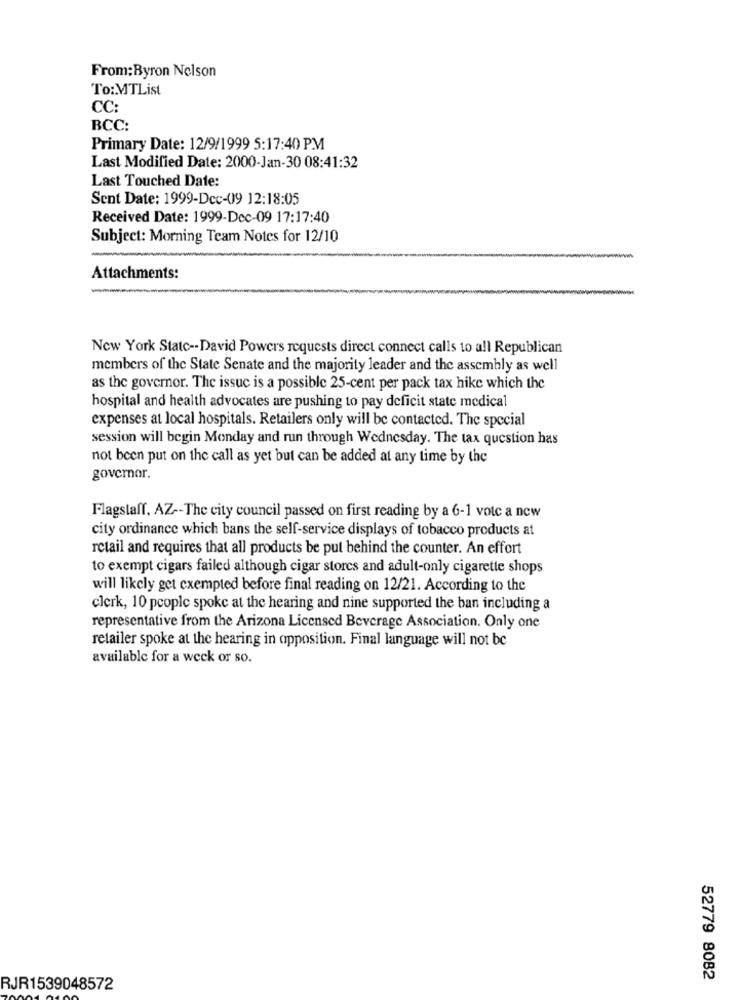
From:Byron Nelson
To:MTList
CC:
BCC:
Primary Date: 12/9/1999 5:17:40 PM
Last Modified Date: 2000-Jan-30 08:41:32
Last Touched Date:
Sent Date: 1999-Dec-09 12:18:05
Received Date: 1999-Dec-09 17:17:40
Subject: Morning Team Notes for 12/10
Attachments:
New York State -- David Powers requests direct connect calls to all Republican
members of the State Senate and the majority leader and the assembly as well
as the governor. The issue is a possible 25-cent per pack tax hike which the
hospital and health advocates are pushing to pay deficit state medical
expenses at local hospitals. Retailers only will be contacted. The special
session will begin Monday and run through Wednesday. The tax question has
not been put on the call as yet but can be added at any time by the
governor.
Flagstaff, AZ -- The city council passed on first reading by a 6-1 vote a new
city ordinance which bans the self-service displays of tobacco products at
retail and requires that all products be put behind the counter. An effort
to exempt cigars failed although cigar stores and adult-only cigarette shops
will likely get exempted before final reading on 12/21. According to the
clerk, 10 people spoke at the hearing and nine supported the ban including a
representative from the Arizona Licensed Beverage Association. Only one
retailer spoke at the hearing in opposition. Final language will not be
available for a week or so.
52779 8082
RJR1539048572